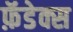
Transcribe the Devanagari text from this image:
फ़ॅडेक्स